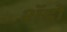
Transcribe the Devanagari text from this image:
शॅडो